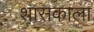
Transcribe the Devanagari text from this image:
शासकाला